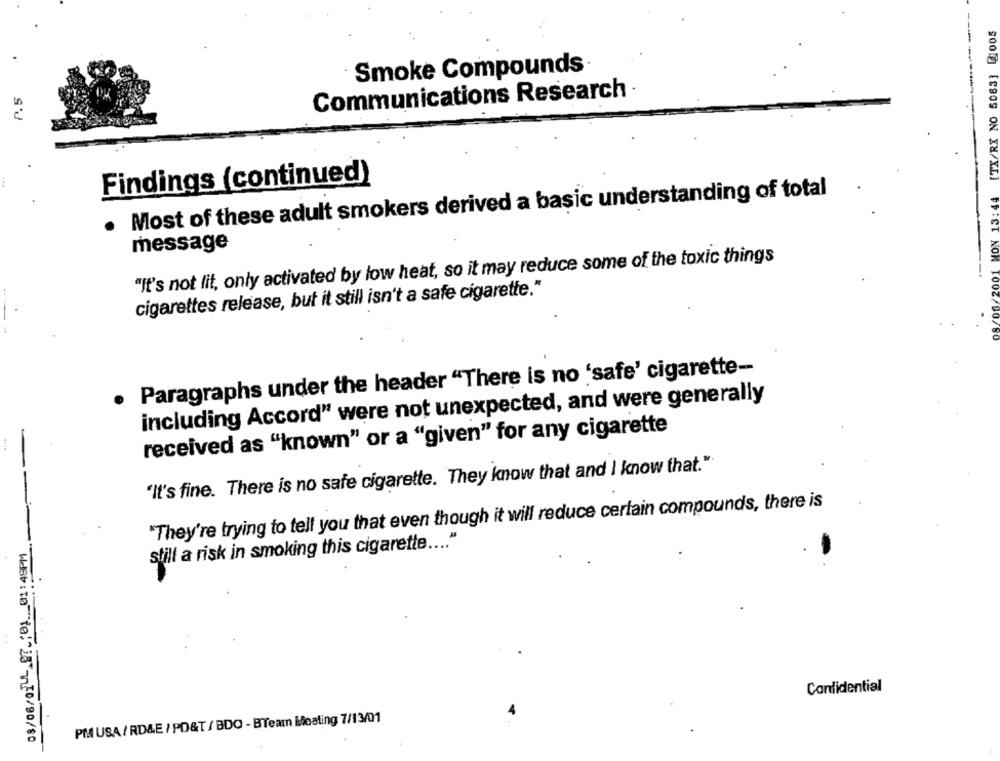
08/06/2001 MON 13:44 [TX/RX NO 5063] [1005
Smoke Compounds
P.5
Communications Research
Findings (continued)
. Most of these adult smokers derived a basic understanding of total
message
"It's not lit, only activated by low heat, so it may reduce some of the toxic things
cigarettes release, but it still isn't a safe cigarette."
. Paragraphs under the header "There is no 'safe' cigarette --
including Accord" were not unexpected, and were generally
received as "known" or a "given" for any cigarette
1
"It's fine. There is no safe cigarette. They know that and I know that."
"They're trying to tell you that even though it will reduce certain compounds, there is
still a risk in smoking this cigarette .... "
Confidential
PM USA / RD&E / PO&T / BDO - BTeam Meeting 7/13/01
Wdebito"to: 28 70/80/80